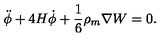
\ddot { \phi } + 4 H \dot { \phi } + \frac { 1 } { 6 } \rho _ { m } \nabla W = 0 .